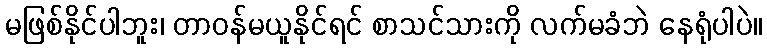
မဖြစ်နိုင်ပါဘူး၊ တာဝန်မယူနိုင်ရင် စာသင်သားကို လက်မခံဘဲ နေရုံပါပဲ။